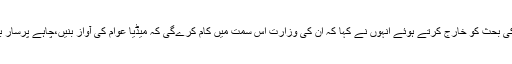
’ حکومت بنام میڈیا ‘ کی بحث کو خارج کرتے ہوئے انہوں نے کہا کہ ان کی وزارت اس سمت میں کام کرے‌گی کہ میڈیا عوام کی آواز بنیں،چاہے پرسار بھارتی ہو یا نجی چینل۔